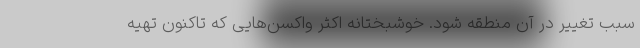
سبب تغییر در آن منطقه شود. خوشبختانه اکثر واکسن‌هایی که تاکنون تهیه